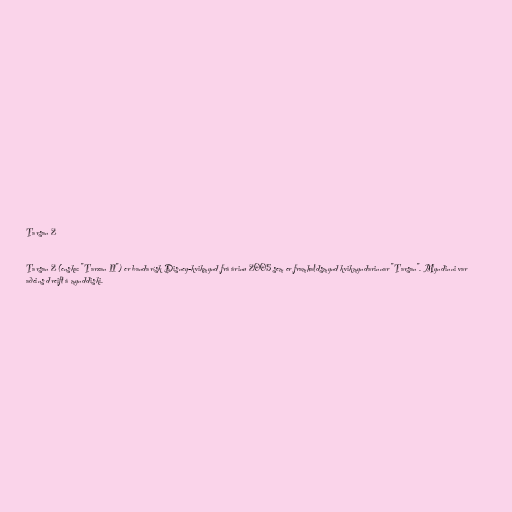
Tarsan 2

Tarsan 2 (enska: "Tarzan II") er bandarísk Disney-kvikmynd frá árinu 2005 sem er framhaldsmynd kvikmyndarinnar "Tarsan". Myndinni var
aðeins dreift á mynddiski.